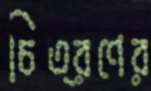
চিত্রণের